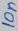
Text: 10n